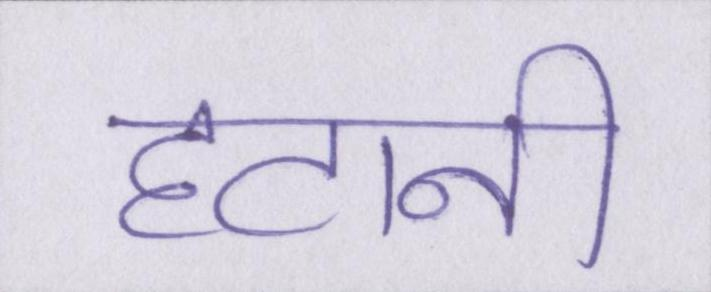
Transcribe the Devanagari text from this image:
हटानी